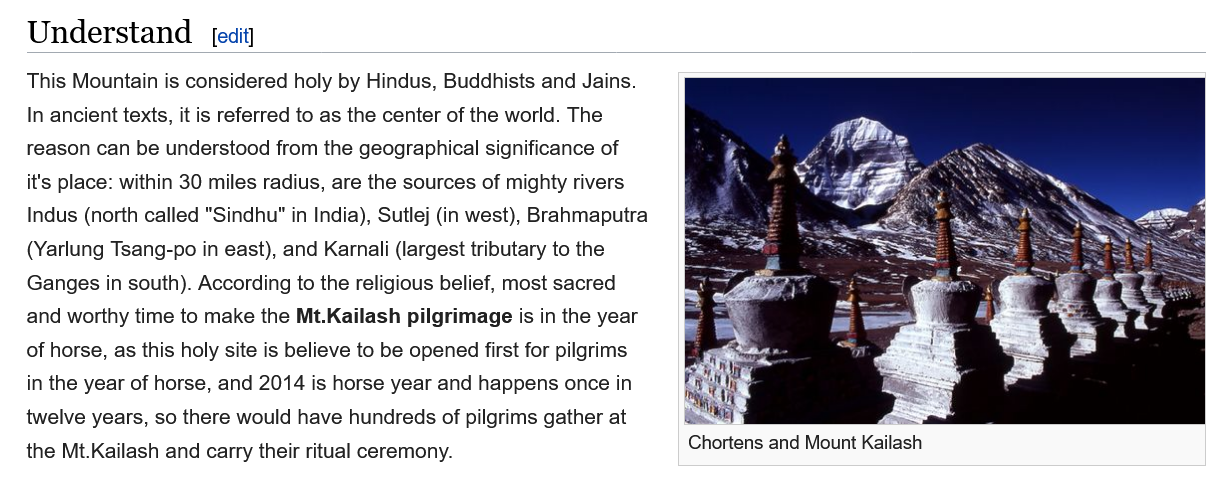
Understand    [edit
   This Mountain is considered holy by Hindus, Buddhists and Jains.
   In ancient texts, it is referred to as the center of the world. The
   reason can be understood from the geographical significance of
   it's place: within 30 miles radius, are the sources of mighty rivers
   Indus (north called "Sindhu" in India), Sutlej (in west), Brahmaputra
   (Yarlung Tsang-po in east), and Karnali (largest tributary to the
   Ganges in south). According to the religious belief, most sacred
   and worthy time to make the Mt.Kailash pilgrimage is in the year
   of horse, as this holy site is believe to be opened first for pilgrims
   in the year of horse, and 2014 is horse year and happens once in
   twelve years, so there would have hundreds of pilgrims gather at
   the Mt.Kailash and carry their ritual ceremony.
     Chortens and Mount Kailash